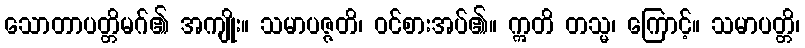
သောတာပတ္တိမဂ်၏ အကျိုး။ သမာပဇ္ဇတိ၊ ဝင်စားအပ်၏။ ဣတိ တသ္မ၊ ကြောင့်။ သမာပတ္တိ၊